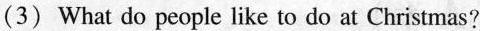
(3) What do people like to do at Christmas?